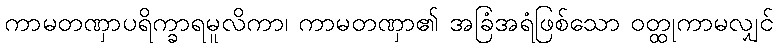
ကာမတဏှာပရိက္ခာရမူလိကာ၊ ကာမတဏှာ၏ အခြံအရံဖြစ်သော ဝတ္ထုကာမလျှင်